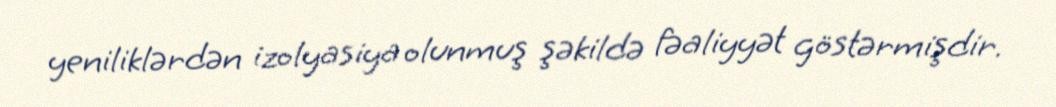
yeniliklərdən izolyasiya olunmuş şəkildə fəaliyyət göstərmişdir.